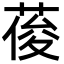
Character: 葰